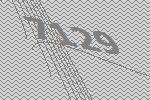
7129